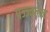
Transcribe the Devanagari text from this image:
प्रज्ज्वलन